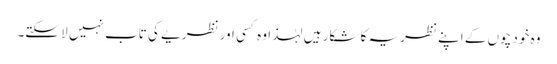
وہ خود چوں کے اپنے نظریہ کا شکار ہیں لہٰذا وہ کسی اور نظریے کی تاب نہیں لا سکتے۔